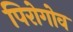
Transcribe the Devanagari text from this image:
पिरोगोव